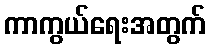
ကာကွယ်ရေးအတွက်